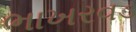
ભાખરવડ